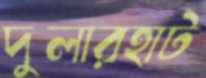
দুলারহাট